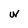
Character: W